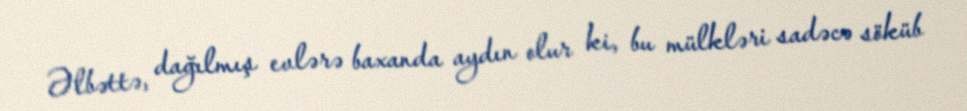
Əlbəttə, dağılmış evlərə baxanda aydın olur ki, bu mülkləri sadəcə söküb